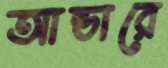
আন্ডারে